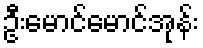
ဦးမောင်မောင်အုန်း